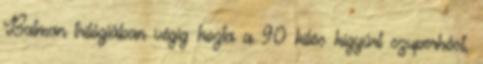
Batman trilógiában végig hozta a 90 kilós kigyúrt szuperhőst,